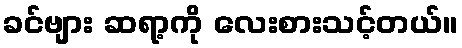
ခင်ဗျား ဆရာ့ကို လေးစားသင့်တယ်။